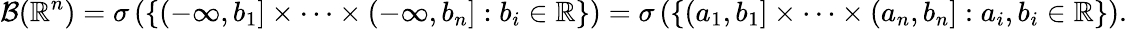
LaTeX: {\mathcal{B}}(\mathbb{R}^{n})=\sigma\left(\left\{ (-\infty,b_{1}]\times\cdots\times(-\infty,b_{n}]:b_{i}\in\mathbb{R}\right\} \right)=\sigma\left(\left\{ \left(a_{1},b_{1}\right]\times\cdots\times\left(a_{n},b_{n}\right]:a_{i},b_{i}\in\mathbb{R}\right\} \right).